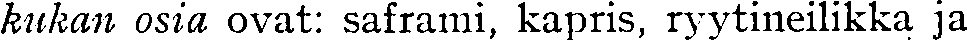
kukan osia ovat: saframi, kapris, ryytineilikka ja